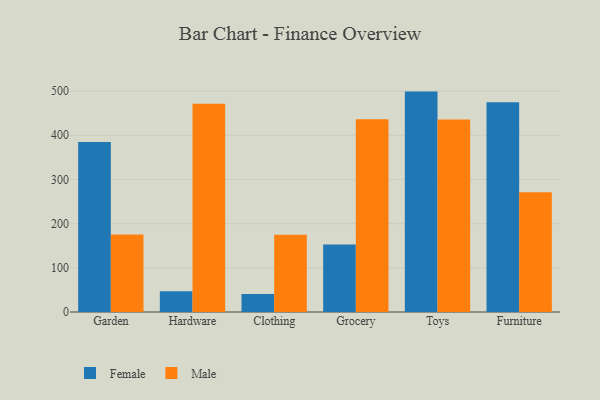
{"axis": {"x": "Category", "y": "Churn Rate (%)"}, "legend": ["Female", "Male"], "data": [{"x": "Garden", "y": 385.0, "type": "Female"}, {"x": "Garden", "y": 175.3, "type": "Male"}, {"x": "Hardware", "y": 46.7, "type": "Female"}, {"x": "Hardware", "y": 471.3, "type": "Male"}, {"x": "Clothing", "y": 40.9, "type": "Female"}, {"x": "Clothing", "y": 174.7, "type": "Male"}, {"x": "Grocery", "y": 153.0, "type": "Female"}, {"x": "Grocery", "y": 436.3, "type": "Male"}, {"x": "Toys", "y": 498.8, "type": "Female"}, {"x": "Toys", "y": 435.6, "type": "Male"}, {"x": "Furniture", "y": 474.8, "type": "Female"}, {"x": "Furniture", "y": 271.0, "type": "Male"}]}